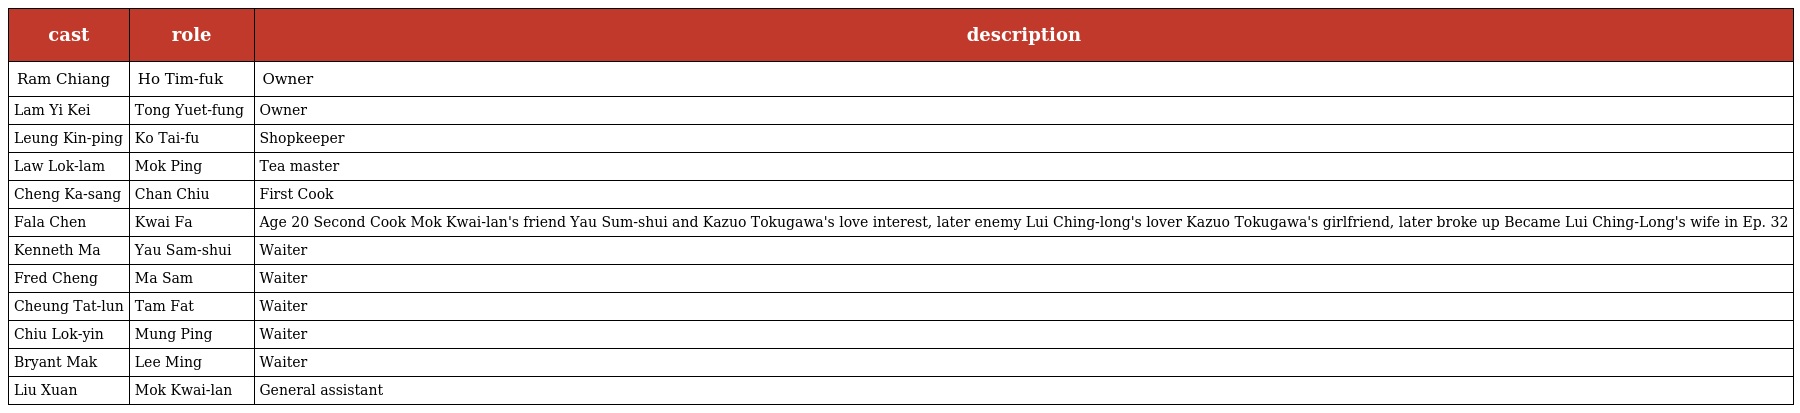
| cast | role | description |
 | --- | --- | --- |
 | Ram Chiang | Ho Tim-fuk 何添福 | Owner |
 | Lam Yi Kei | Tong Yuet-fung 唐乙鳳 | Owner |
 | Leung Kin-ping | Ko Tai-fu 高大富 | Shopkeeper |
 | Law Lok-lam | Mok Ping 莫平 | Tea master |
 | Cheng Ka-sang | Chan Chiu 陳超 | First Cook |
 | Fala Chen | Kwai Fa 葵花 | Age 20 Second Cook Mok Kwai-lan's friend Yau Sum-shui and Kazuo Tokugawa's love interest, later enemy Lui Ching-long's lover Kazuo Tokugawa's girlfriend, later broke up Became Lui Ching-Long's wife in Ep. 32 |
 | Kenneth Ma | Yau Sam-shui 游三水 | Waiter |
 | Fred Cheng | Ma Sam 馬森 | Waiter |
 | Cheung Tat-lun | Tam Fat 譚發 | Waiter |
 | Chiu Lok-yin | Mung Ping 盲炳 | Waiter |
 | Bryant Mak | Lee Ming 李明 | Waiter |
 | Liu Xuan | Mok Kwai-lan 莫桂蘭 | General assistant |